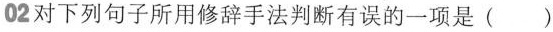
02对下列句子所用修辞手法判断有误的一项是()